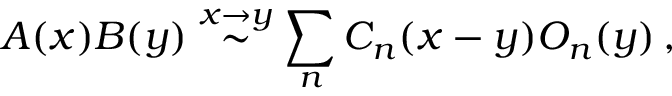
A ( x ) B ( y ) \stackrel { x \rightarrow y } { \sim } \sum _ { n } C _ { n } ( x - y ) O _ { n } ( y ) \, ,